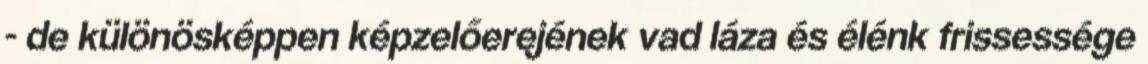
- de különösképpen képzelőerejének vad láza és élénk frissessége